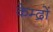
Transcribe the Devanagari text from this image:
केम्द्रों